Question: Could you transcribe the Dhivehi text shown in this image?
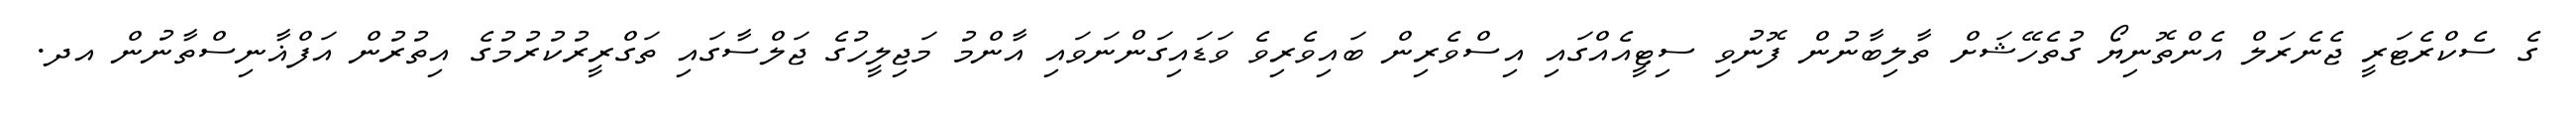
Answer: ގެ ސެކްރެޓަރީ ޖެނެރަލް އެންތޮނިޔޯ ގުތެހޭޝަށް ތާލިބާނުން ފޮނުވި ސިޓީއެއްގައި އިސްވެރިން ބައިވެރިވެ ވަޑައިގަންނަވައި އާންމު މަޖިލީހުގެ ޖަލްސާގައި ތަގްރީރުކުރުމުގެ އިތުރުން އަފްޣާނިސްތާނުން އދ.